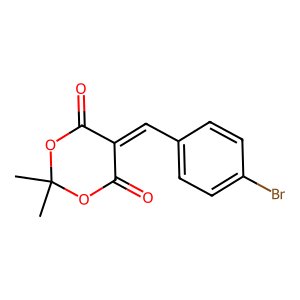
SMILES: CC1(C)OC(=O)C(=Cc2ccc(Br)cc2)C(=O)O1
Inhibits HIV replication: No